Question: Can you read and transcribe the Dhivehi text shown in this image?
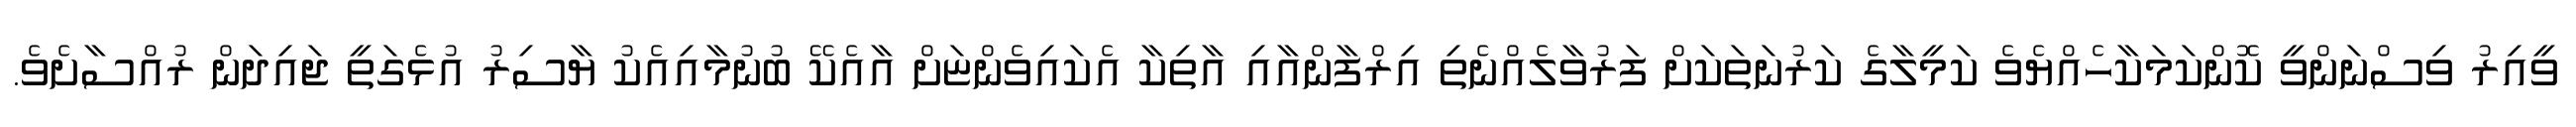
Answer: ވީއިރު ވިސްނަންވީ ކޮންކަމަކާހެއްޔެވެ ކަމީލާގެ ކަރުނަތަކަށް ފަރުވާލެއްނެތި އިރްފާންއާއި އާތިކާ އެކައިވެންޏަށް އާއެކޭ ބުނުމާއިއެކު ޔާސިރު އުޅެގަތީ ޖައިދަން ރުއްސާށެވެ.